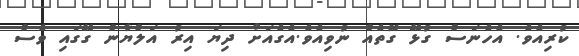
ކުރިއެވެ. އެހެނަސް ގުޅޭ ގޮތެއް ނުވިއެވެ.އެގެއަށް ދިޔަ އިރު އަލްޔާން ގޭގައި ވެސް